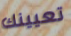
تعيينك